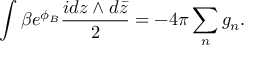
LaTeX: \int \beta e ^ { \phi _ { B } } \frac { i d z \wedge d \bar { z } } { 2 } = - 4 \pi \sum _ { n } g _ { n } .